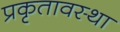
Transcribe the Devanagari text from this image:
प्रकृतावस्था